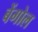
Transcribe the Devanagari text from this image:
बेंगोल